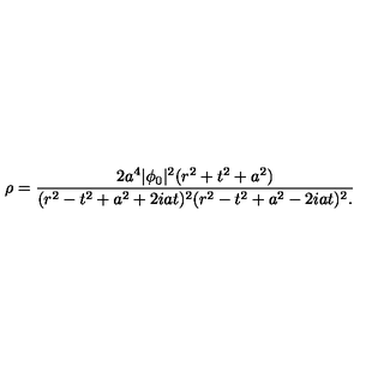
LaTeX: \rho = { \frac { 2 a ^ { 4 } | \phi _ { 0 } | ^ { 2 } ( r ^ { 2 } + t ^ { 2 } + a ^ { 2 } ) } { ( r ^ { 2 } - t ^ { 2 } + a ^ { 2 } + 2 i a t ) ^ { 2 } ( r ^ { 2 } - t ^ { 2 } + a ^ { 2 } - 2 i a t ) ^ { 2 } . } }